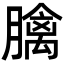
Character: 𦡬